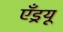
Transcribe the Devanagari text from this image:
एँड्रयू